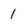
Character: 1